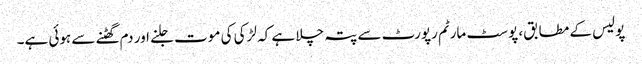
پولیس کے مطابق، پوسٹ مارٹم رپورٹ سے پتہ چلا ہے کہ لڑکی کی موت جلنے اور دم گھٹنے سے ہوئی ہے۔